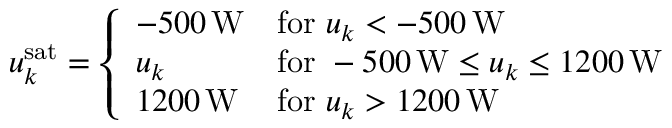
u _ { k } ^ { \mathrm { s a t } } = \left\{ \begin{array} { l l } { - 5 0 0 \mathrm { \, W } } & { \mathrm { f o r ~ } u _ { k } < - 5 0 0 \mathrm { \, W } } \\ { u _ { k } } & { \mathrm { f o r ~ } - 5 0 0 \mathrm { \, W } \leq u _ { k } \leq 1 2 0 0 \mathrm { \, W } } \\ { 1 2 0 0 \mathrm { \, W } } & { \mathrm { f o r ~ } u _ { k } > 1 2 0 0 \mathrm { \, W } } \end{array} \right.